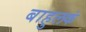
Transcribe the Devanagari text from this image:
बाहुलकं